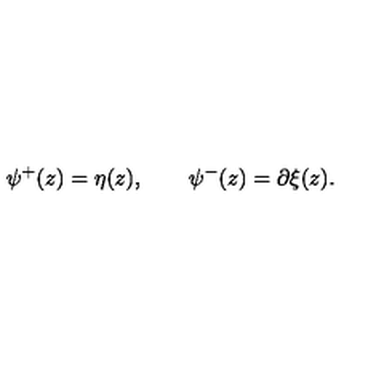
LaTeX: \psi ^ { + } ( z ) = \eta ( z ) , \qquad \psi ^ { - } ( z ) = \partial \xi ( z ) .